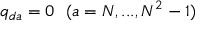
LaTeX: q _ { d a } = 0 \ \ ( a = N , . . . , N ^ { 2 } - 1 )